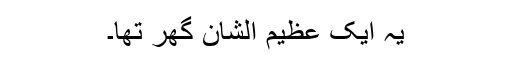
یہ ایک عظیم الشان گھر تھا۔